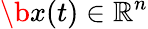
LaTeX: \b{x}(t)\in\mathbb{R}^{n}